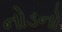
નોડનો